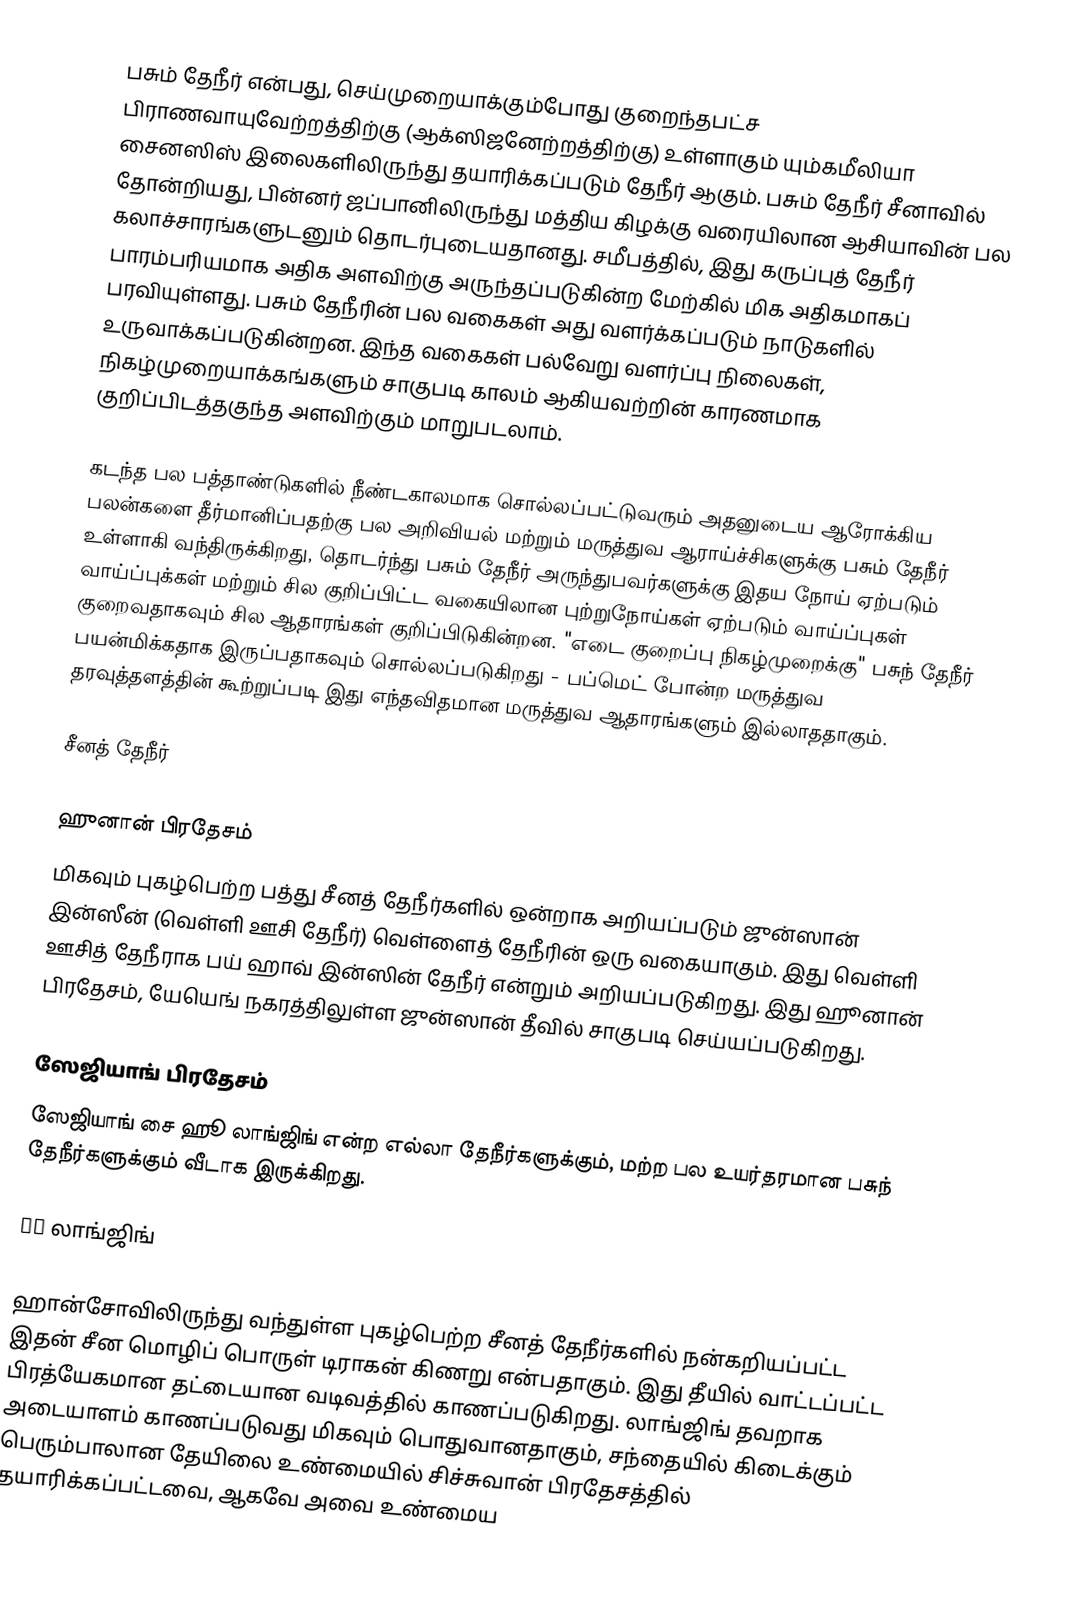
பசும் தேநீர் என்பது, செய்முறையாக்கும்போது குறைந்தபட்ச பிராணவாயுவேற்றத்திற்கு (ஆக்ஸிஜனேற்றத்திற்கு) உள்ளாகும் யும்கமீலியா சைனஸிஸ் இலைகளிலிருந்து தயாரிக்கப்படும் தேநீர் ஆகும். பசும் தேநீர் சீனாவில் தோன்றியது, பின்னர் ஜப்பானிலிருந்து மத்திய கிழக்கு வரையிலான ஆசியாவின் பல கலாச்சாரங்களுடனும் தொடர்புடையதானது. சமீபத்தில், இது கருப்புத் தேநீர் பாரம்பரியமாக அதிக அளவிற்கு அருந்தப்படுகின்ற மேற்கில் மிக அதிகமாகப் பரவியுள்ளது. பசும் தேநீரின் பல வகைகள் அது வளர்க்கப்படும் நாடுகளில் உருவாக்கப்படுகின்றன. இந்த வகைகள் பல்வேறு வளர்ப்பு நிலைகள், நிகழ்முறையாக்கங்களும் சாகுபடி காலம் ஆகியவற்றின் காரணமாக குறிப்பிடத்தகுந்த அளவிற்கும் மாறுபடலாம்.

கடந்த பல பத்தாண்டுகளில் நீண்டகாலமாக சொல்லப்பட்டுவரும் அதனுடைய ஆரோக்கிய பலன்களை தீர்மானிப்பதற்கு பல அறிவியல் மற்றும் மருத்துவ ஆராய்ச்சிகளுக்கு பசும் தேநீர் உள்ளாகி வந்திருக்கிறது, தொடர்ந்து பசும் தேநீர் அருந்துபவர்களுக்கு இதய நோய் ஏற்படும் வாய்ப்புக்கள் மற்றும் சில குறிப்பிட்ட வகையிலான புற்றுநோய்கள் ஏற்படும் வாய்ப்புகள் குறைவதாகவும் சில ஆதாரங்கள் குறிப்பிடுகின்றன. "எடை குறைப்பு நிகழ்முறைக்கு" பசுந் தேநீர் பயன்மிக்கதாக இருப்பதாகவும் சொல்லப்படுகிறது - பப்மெட் போன்ற மருத்துவ தரவுத்தளத்தின் கூற்றுப்படி இது எந்தவிதமான மருத்துவ ஆதாரங்களும் இல்லாததாகும்.

சீனத் தேநீர்

ஹுனான் பிரதேசம்
மிகவும் புகழ்பெற்ற பத்து சீனத் தேநீர்களில் ஒன்றாக அறியப்படும் ஜுன்ஸான் இன்ஸீன் (வெள்ளி ஊசி தேநீர்) வெள்ளைத் தேநீரின் ஒரு வகையாகும். இது வெள்ளி ஊசித் தேநீராக பய் ஹாவ் இன்ஸின் தேநீர் என்றும் அறியப்படுகிறது. இது ஹூனான் பிரதேசம், யேயெங் நகரத்திலுள்ள ஜுன்ஸான் தீவில் சாகுபடி செய்யப்படுகிறது.

ஸேஜியாங் பிரதேசம்
ஸேஜியாங் சை ஹூ லாங்ஜிங் என்ற எல்லா தேநீர்களுக்கும், மற்ற பல உயர்தரமான பசுந் தேநீர்களுக்கும் வீடாக இருக்கிறது.

 龙井 லாங்ஜிங்

 ஹான்சோவிலிருந்து வந்துள்ள புகழ்பெற்ற சீனத் தேநீர்களில் நன்கறியப்பட்ட இதன் சீன மொழிப் பொருள் டிராகன் கிணறு என்பதாகும். இது தீயில் வாட்டப்பட்ட பிரத்யேகமான தட்டையான வடிவத்தில் காணப்படுகிறது. லாங்ஜிங் தவறாக அடையாளம் காணப்படுவது மிகவும் பொதுவானதாகும், சந்தையில் கிடைக்கும் பெரும்பாலான தேயிலை உண்மையில் சிச்சுவான் பிரதேசத்தில் தயாரிக்கப்பட்டவை, ஆகவே அவை உண்மைய